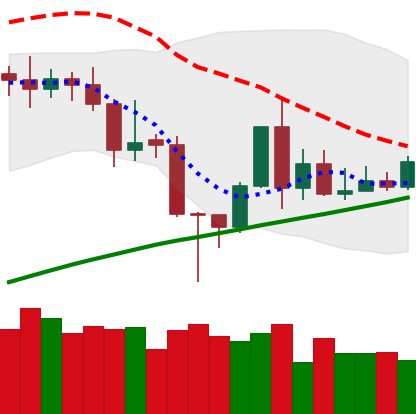
Ticker: TRX-USD
Chart end date: 2020-11-13
Forward return: 5.578%
Label: up_5_7